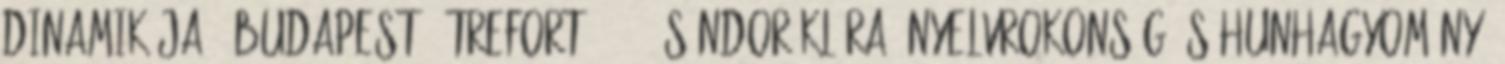
dinamikája. Budapest , Trefort, 2007. Sándor Klára: Nyelvrokonság és hunhagyomány.